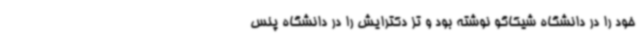
خود را در دانشگاه شیکاگو نوشته بود و تز دکترایش را در دانشگاه پنس